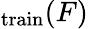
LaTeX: _\mathrm{train}(F)